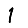
Digit: 1